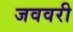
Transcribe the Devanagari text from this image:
जववरी